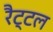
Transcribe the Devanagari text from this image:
रैट्टल